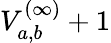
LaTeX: V_{a,b}^{(\infty)}+1